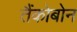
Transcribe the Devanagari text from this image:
तैंकोबोन